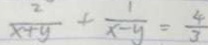
\frac { 2 } { x + y } + \frac { 1 } { x - y } = \frac { 4 } { 3 }